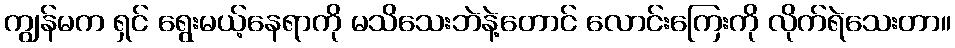
ကျွန်မက ရှင် ရွေးမယ့်နေရာကို မသိသေးဘဲနဲ့တောင် လောင်းကြေးကို လိုက်ရဲသေးတာ။